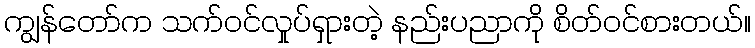
ကျွန်တော်က သက်ဝင်လှုပ်ရှားတဲ့ နည်းပညာကို စိတ်ဝင်စားတယ်။